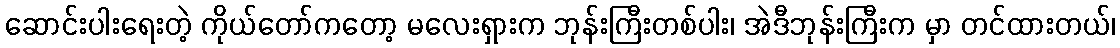
ဆောင်းပါးရေးတဲ့ ကိုယ်တော်ကတော့ မလေးရှားက ဘုန်းကြီးတစ်ပါး၊ အဲဒီဘုန်းကြီးက မှာ တင်ထားတယ်၊